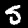
Digit: 5